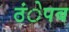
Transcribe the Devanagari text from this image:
ठंेपब